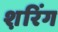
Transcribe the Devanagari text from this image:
श़रिंग